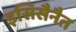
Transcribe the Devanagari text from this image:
इसिसैनैत